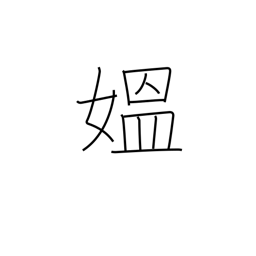
Meaning: grandma